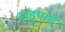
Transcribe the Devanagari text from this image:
बाहुपाश